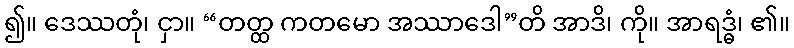
၍။ ဒေဿတုံ၊ ငှာ။ “တတ္ထ ကတမော အဿာဒေါ”တိ အာဒိ၊ ကို။ အာရဒ္ဓံ၊ ၏။